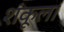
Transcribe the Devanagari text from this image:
शंकूला